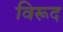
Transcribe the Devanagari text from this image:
विरूद